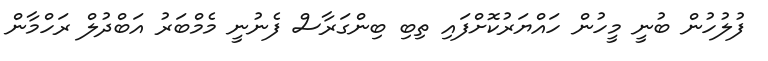
ފުލުހުން ބުނީ މީހުން ހައްޔަރުކޮށްފައި ތިބި ބިންގަރާސް ފެނުނީ މެމްބަރު އަބްދުލް ރަހްމާން